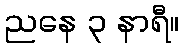
ညနေ ၃ နာရီ။